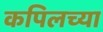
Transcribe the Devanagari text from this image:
कपिलच्या